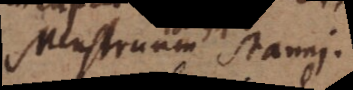
Menstruum stanni.